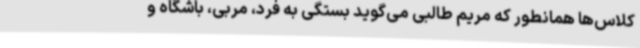
کلاس‌ها همانطور که مریم طالبی می‌گوید بستگی به فرد، مربی، باشگاه و